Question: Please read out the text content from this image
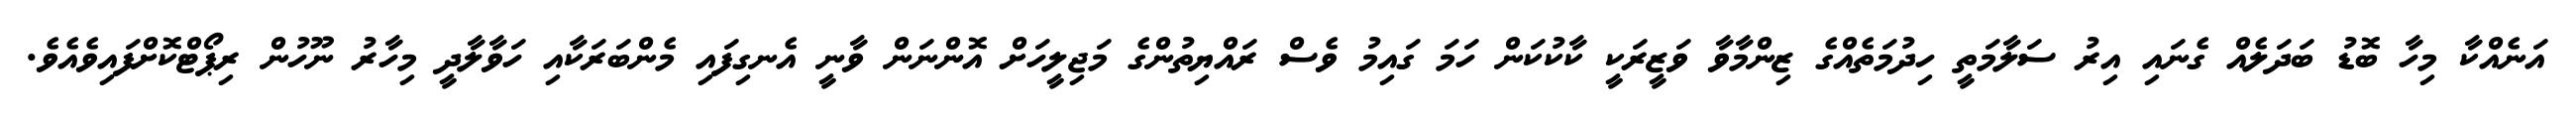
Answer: އަނެއްކާ މިހާ ބޮޑު ބަދަލެއް ގެނައި އިރު ސަލާމަތީ ހިދުމަތެއްގެ ޒިންމާވާ ވަޒީރަކީ ކާކުކަން ހަމަ ގައިމު ވެސް ރައްޔިތުންގެ މަޖިލީހަށް އޮންނަން ވާނީ އެނގިފައި މެންބަރަކާއި ހަވާލާދީ މިހާރު ނޫހުން ރިޕޯޓްކޮށްފައިވެއެވެ.